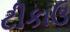
ટીકાઉ